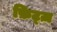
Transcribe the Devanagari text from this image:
फ़िट्ज़